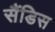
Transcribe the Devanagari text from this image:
सैंडिस